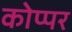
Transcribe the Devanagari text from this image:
कोप्पर